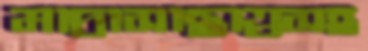
মাদ্রাসাছাত্রসহ